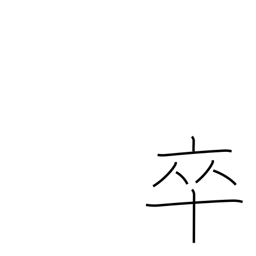
Meaning: private